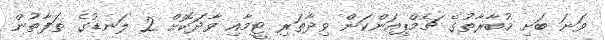
ވަނަ ބަށި މުބާރާތުގެ ޗެމްޕިއަންކަން ވިދާތަރި ޓީމާއި ވާދަކޮށް 2 ލަނޑުގެ ތަފާތުން